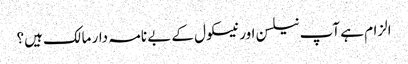
الزام ہے آپ نیلسن اور نیسکول کے بے نامہ دار مالک ہیں؟